Annual report of the Punjab Veterinary College and of the Civil Veterinary Department, Punjab - 1909-1919
Year: 1909
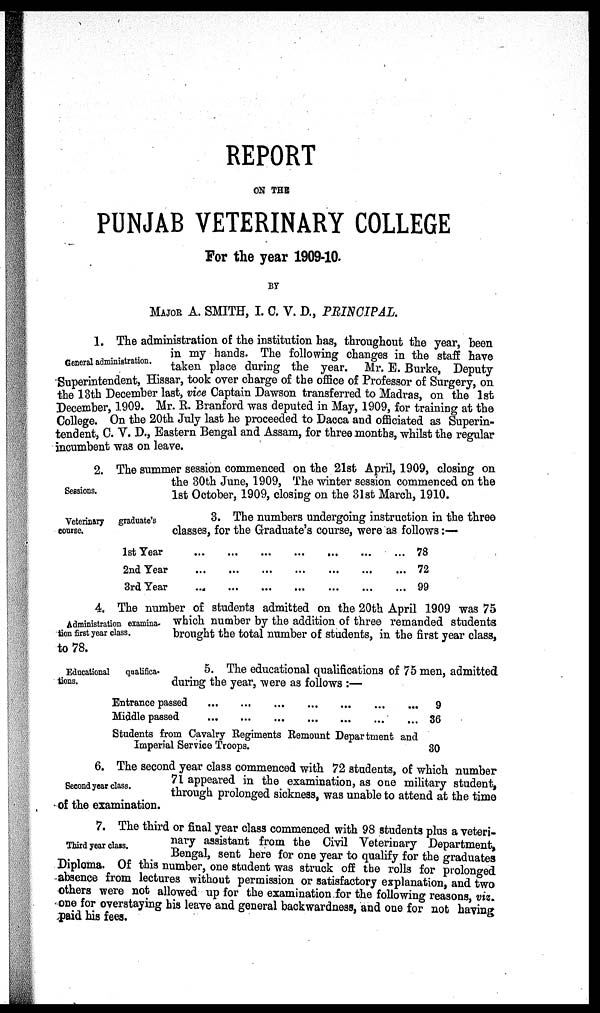
REPORT
ON THE
PUNJAB VETERINARY COLLEGE
For the year 1909-10.
BY
MAJOR A. SMITH, I. C. V. D, PRINCIPAL.
General administration.
1. The administration of the institution has, throughout the year, been
in my hands. The following changes in the staff have
taken place during the year. Mr. E. Burke, Deputy
Superintendent, Hissar, took over charge of the office of Professor of Surgery, on
the 13th December last, vice Captain Dawson transferred to Madras, on the 1st
December, 1909. Mr. R. Branford was deputed in May, 1909, for training at the
College. On the 20th July last he proceeded to Dacca and officiated as Superin-
tendent, C. V. D., Eastern Bengal and Assam, for three months, whilst the regular
incumbent was on leave.
Sessions.
2. The summer session commenced on the 21st April, 1909, closing on
the 30th June, 1909, The winter session commenced on the
1st October, 1909, closing on the 31st March, 1910.
Veterinary
graduate's
course.
3. The numbers undergoing instruction in the three
classes, for the Graduate's course, were as follows:—
1st Year
2nd Year
3rd Year
…
…
…
...
...
...
…
...
...
...
...
…
…
...
...
...
...
...
...
...
…
78
72
99
Administration examina¬
tion first year class.
4. The number of students admitted on the 20th April 1909 was 75
which number by the addition of three remanded students
brought the total number of students, in the first year class,
to 78.
Educational
qualifica¬
tions.
5. The educational qualifications of 75 men, admitted
during the year, were as follows :—
Entrance passed
Middle passed
…
…
…
…
…
…
...
…
…
…
…
…
...
...
9
36
Students from
Imperial S
Cavalry Kegiments Remount Department and
ervice Troops.
80
Second year class.
6. The second year class commenced with 72 students, of which number
71 appeared in the examination, as one military student,
through prolonged sickness, was unable to attend at the time
of the examination.
Third year class.
7. The third or final year class commenced with 98 students plus a veteri-
nary assistant from the Civil Veterinary Department,
Bengal, sent here for one year to qualify for the graduates
Diploma. Of this number, one student was struck off the rolls for prolonged
absence from lectures without permission or satisfactory explanation, and two
others were not allowed up for the examination for the following reasons, viz.
one for overstaying his leave and general backwardness, and one for not having
paid his fees.